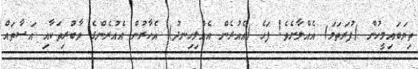
ތިޔަބައިމީހުން (ފުރަތަމަ) އެއްލާށެވެ! ފަހެ (އެއުރެން އެއްލިހިނދު) އެހާރުން އެއުރެންގެ ވާބުރިތަކާއި އަސާތައް